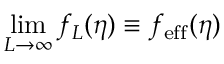
\operatorname* { l i m } _ { L \to \infty } f _ { L } ( \eta ) \equiv f _ { \mathrm { e f f } } ( \eta )